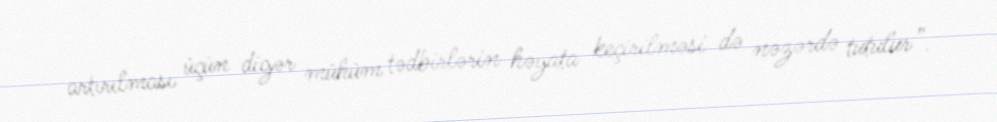
artırılması üçün digər mühüm tədbirlərin həyata keçirilməsi də nəzərdə tutulur”.